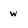
Character: w